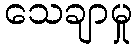
သေချာမှု